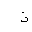
Letter: _thal